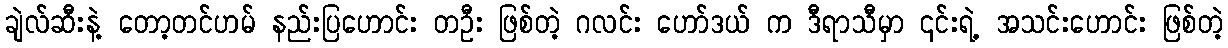
ချဲလ်ဆီးနဲ့ တော့တင်ဟမ် နည်းပြဟောင်း တဦး ဖြစ်တဲ့ ဂလင်း ဟော်ဒယ် က ဒီရာသီမှာ ၎င်းရဲ့ အသင်းဟောင်း ဖြစ်တဲ့